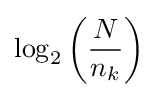
\log _{2}\left({\frac {N}{n_{k}}}\right)